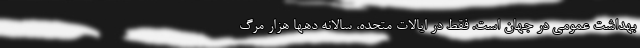
بهداشت عمومی در جهان است. فقط در ایالات متحده، سالانه دهها هزار مرگ